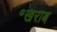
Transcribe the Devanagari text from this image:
॰खराब